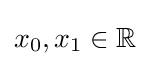
x_{0},x_{1}\in \mathbb {R}